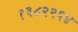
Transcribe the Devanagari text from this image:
१३८२२६४